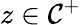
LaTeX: z\in\mathcal{C}^{+}